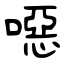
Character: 噁